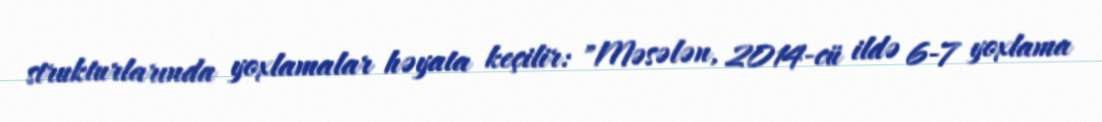
strukturlarında yoxlamalar həyata keçilir: "Məsələn, 2014-cü ildə 6-7 yoxlama